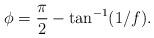
LaTeX: \begin{align*}{\cal \phi} = \frac{\pi}{2} - \tan^{-1}(1/f).\end{align*}